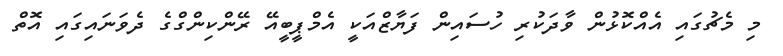
މި މެޗުގައި އެއްކޮޅުން ވާދަކުރި ހުސައިން ފަޔާޒްއަކީ އެމްޕީބީއޭ ރޭންކިންގްގެ ދެވަނައިގައި އޮތް